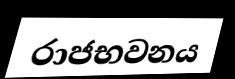
රාජභවනය